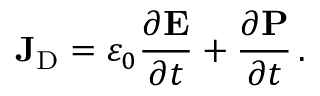
\mathbf { J } _ { \mathrm { D } } = \varepsilon _ { 0 } { \frac { \partial \mathbf { E } } { \partial t } } + { \frac { \partial \mathbf { P } } { \partial t } } \, .